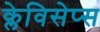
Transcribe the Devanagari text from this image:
क्लेविसेप्स